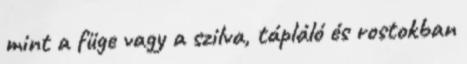
mint a füge vagy a szilva, tápláló és rostokban